Annual report of the Civil Veterinary Department, Bengal, for the year 1897-98 - 1897-1898
Year: 1897
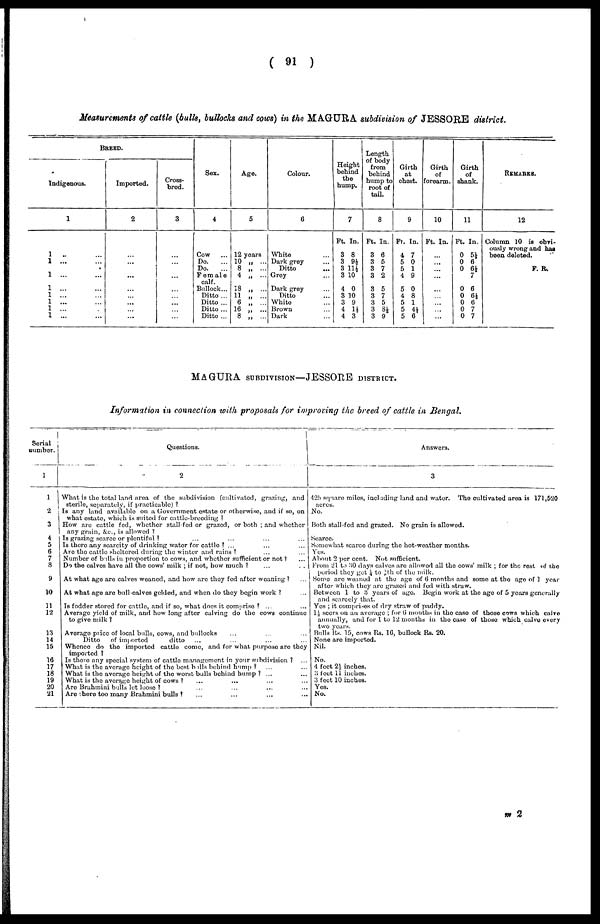
(91)
Measurements of cattle (bulls, bullocks and cows) in the MAGURA subdivision of JESSORE district.
BREED.
Indigenous.
1
1
.. ...
1 ... ...
1 ... ...
1 ... ...
1 ... ...
1 ... ...
1 ... ...
1 ... ...
Imported.
2
...
...
...
...
...
...
...
...
...
Cross-
bred.
3
...
...
...
...
...
...
...
...
Sex.
4
Cow
Do.
Do.
...
Female
calf.
Bullock...
Ditto ...
Ditto ...
Ditto ...
Ditto ...
Age.
5
12 years
10 „ ...
8 „ ...
4 „ ...
18 „ ...
11 „ ...
6 „ ...
16 „ ...
8 „ ...
Colour.
6
White ...
Dark grey ...
Ditto ...
Grey ...
Dark grey ...
Ditto ...
White ...
Brown ...
Dark ...
Height
behind
the
hump.
7
Ft. In.
3 8
3 9½
3 11½
3 10
4 0
3 10
3 9
4 1½
4 3
Length
of body
from
behind
hump to
root of
tail.
8
Ft. In.
3 6
3 5
3 7
3 2
3 5
3 7
3 5
3 8½
3 9
Girth
at
chest.
9
Ft. In.
4 7
5 0
5 1
4 9
5 0
4 8
5 1
5 4½
5 6
Girth
of
forearm.
10
Ft. In.
...
...
...
...
...
...
...
...
...
Girth
of
shank.
11
Ft. In.
0 5½
0 6
0 6½
7
0 6
0 6½
0 6
0 7
0 7
Remarks.
12
Column 10 is obvi-
ously wrong and has
been deleted.
F. R.
MAGURA SUBDIVISION—JESSORE DISTRICT.
Information in connection with proposals for improving the breed of cattle in Bengal.
Serial
number.
1
1
2
3
4
5
6
7
8
9
10
11
12
13
14
15
16
17
18
19
20
21
Questions.
2
What is the total land area of the subdivision (cultivated, grazing, and
sterile, separately, if practicable)?
Is any land available on a Government estate or otherwise, and if so, on
what estate, which is suited for cattle-breeding?
How are cattle fed, whether stall fed or grazed, or both; and whether
any grain, &c., is allowed?
Is grazing scarce or plentiful? ... ... ... ...
Is there any scarcity of drinking water for cattle ? ... ... ...
Are the cattle sheltered during the winter and rains ? ... ...
Number of bills in proportion to cows, and whether sufficient or not? ... ...
Do the calves have all the cows' milk; if not, how much? ... ...
At what age are calves weaned, and how are they fed after weaning? ... ...
At what age are bull-calves gelded, and when do they begin work? ... ...
Is fodder stored for cattle, and if so, what does it comprise? ... ...
Average yield of milk, and how long after calving do the cows continue
to give milk?
Average price of local bulls, cows, and bullocks ... ... ...
Ditto
of imported
ditto ... ... ... ...
Whence do the imported cattle come, and for what purpose are they
imported?
Is there any special system of cattle management in your subdivision? ...
What is the average height of the best bulls behind hump? ... ...
What is the average height of the worst bulls behind hump? ... ...
What is the average height of cows? ... ... ... ...
Are Brahmini bulls lot loose? ... ... ... ...
Are there too many Brahmini bulls? ... ... ... ...
Answers.
3
425 square miles, including land and water. The cultivated area is 171,520
acres.
No.
Both stall-fed and grazed. No grain is allowed.
Scarce.
Somewhat scarce during the hot-weather months.
Yes.
About 2 per cent. Not sufficient.
From 21 to 30 days calves are allowed all the cows' milk; for the rest of the
period they get 1/4 to 1/8th of the milk.
Some are weaned at the age of 6 months and some at the age of 1 year
after which they are grazed and fed with straw.
Between 1 to 3 years of age. Begin work at the age of 5 years generally
and scarcely that.
Yes; it comprises of dry straw of paddy.
1½ seers on an average; for 6 months in the case of those cows which calve
annually, and for 1 to 12 months in the case of those which calve every
two years.
Bulls Rs. 15, cows Rs. 16, bullock Rs. 20.
None are imported.
Nil.
No.
4 feet 2½ inches.
3 feet 11 inches.
3 feet 10 inches.
Yes.
No.
m 2